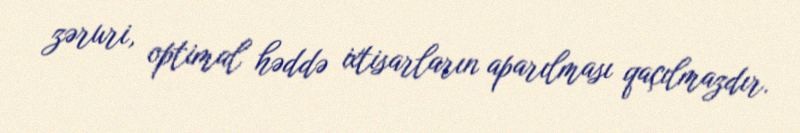
zəruri, optimal həddə ixtisarların aparılması qaçılmazdır.